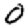
Digit: 0